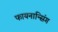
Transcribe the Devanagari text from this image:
फायनान्सिंग